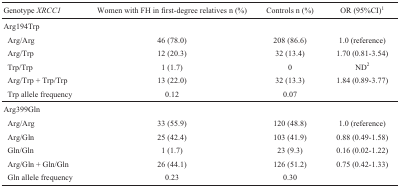
<table><thead><tr><td><b>Genotype <i>XRCC1</i></b></td><td><b>Women with FH in first-degree relatives n (%)</b></td><td><b>Controls n (%)</b></td><td><b>OR (95%CI)<sup>1</sup></b></td></tr></thead><tbody><tr><td>Arg194Trp</td><td></td><td></td><td></td></tr><tr><td>Arg/Arg</td><td>46 (78.0)</td><td>208 (86.6)</td><td>1.0 (reference)</td></tr><tr><td>Arg/Trp</td><td>12 (20.3)</td><td>32 (13.4)</td><td>1.70 (0.81-3.54)</td></tr><tr><td>Trp/Trp</td><td>1 (1.7)</td><td>0</td><td>ND<sup>2</sup></td></tr><tr><td>Arg/Trp + Trp/Trp</td><td>13 (22.0)</td><td>32 (13.3)</td><td>1.84 (0.89-3.77)</td></tr><tr><td>Trp allele frequency</td><td>0.12</td><td>0.07</td><td></td></tr><tr><td>Arg399Gln</td><td></td><td></td><td></td></tr><tr><td>Arg/Arg</td><td>33 (55.9)</td><td>120 (48.8)</td><td>1.0 (reference)</td></tr><tr><td>Arg/Gln</td><td>25 (42.4)</td><td>103 (41.9)</td><td>0.88 (0.49-1.58)</td></tr><tr><td>Gln/Gln</td><td>1 (1.7)</td><td>23 (9.3)</td><td>0.16 (0.02-1.22)</td></tr><tr><td>Arg/Gln + Gln/Gln</td><td>26 (44.1)</td><td>126 (51.2)</td><td>0.75 (0.42-1.33)</td></tr><tr><td>Gln allele frequency</td><td>0.23</td><td>0.30</td><td></td></tr></tbody></table>